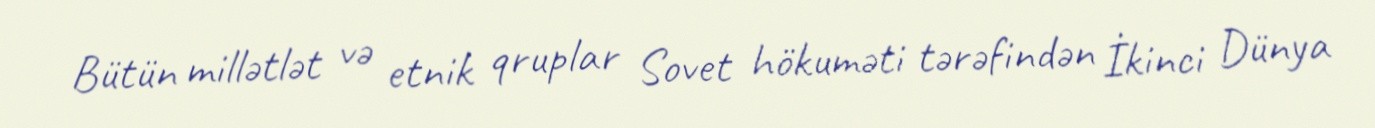
Bütün millətlət və etnik qruplar Sovet hökuməti tərəfindən İkinci Dünya